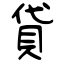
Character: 貸